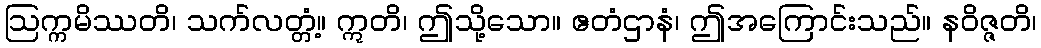
ဩက္ကမိဿတိ၊ သက်လတ္တံ့။ ဣတိ၊ ဤသို့သော။ ဧတံဌာနံ၊ ဤအကြောင်းသည်။ နဝိဇ္ဇတိ၊